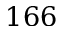
1 6 6